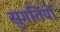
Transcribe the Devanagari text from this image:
सुगतियों